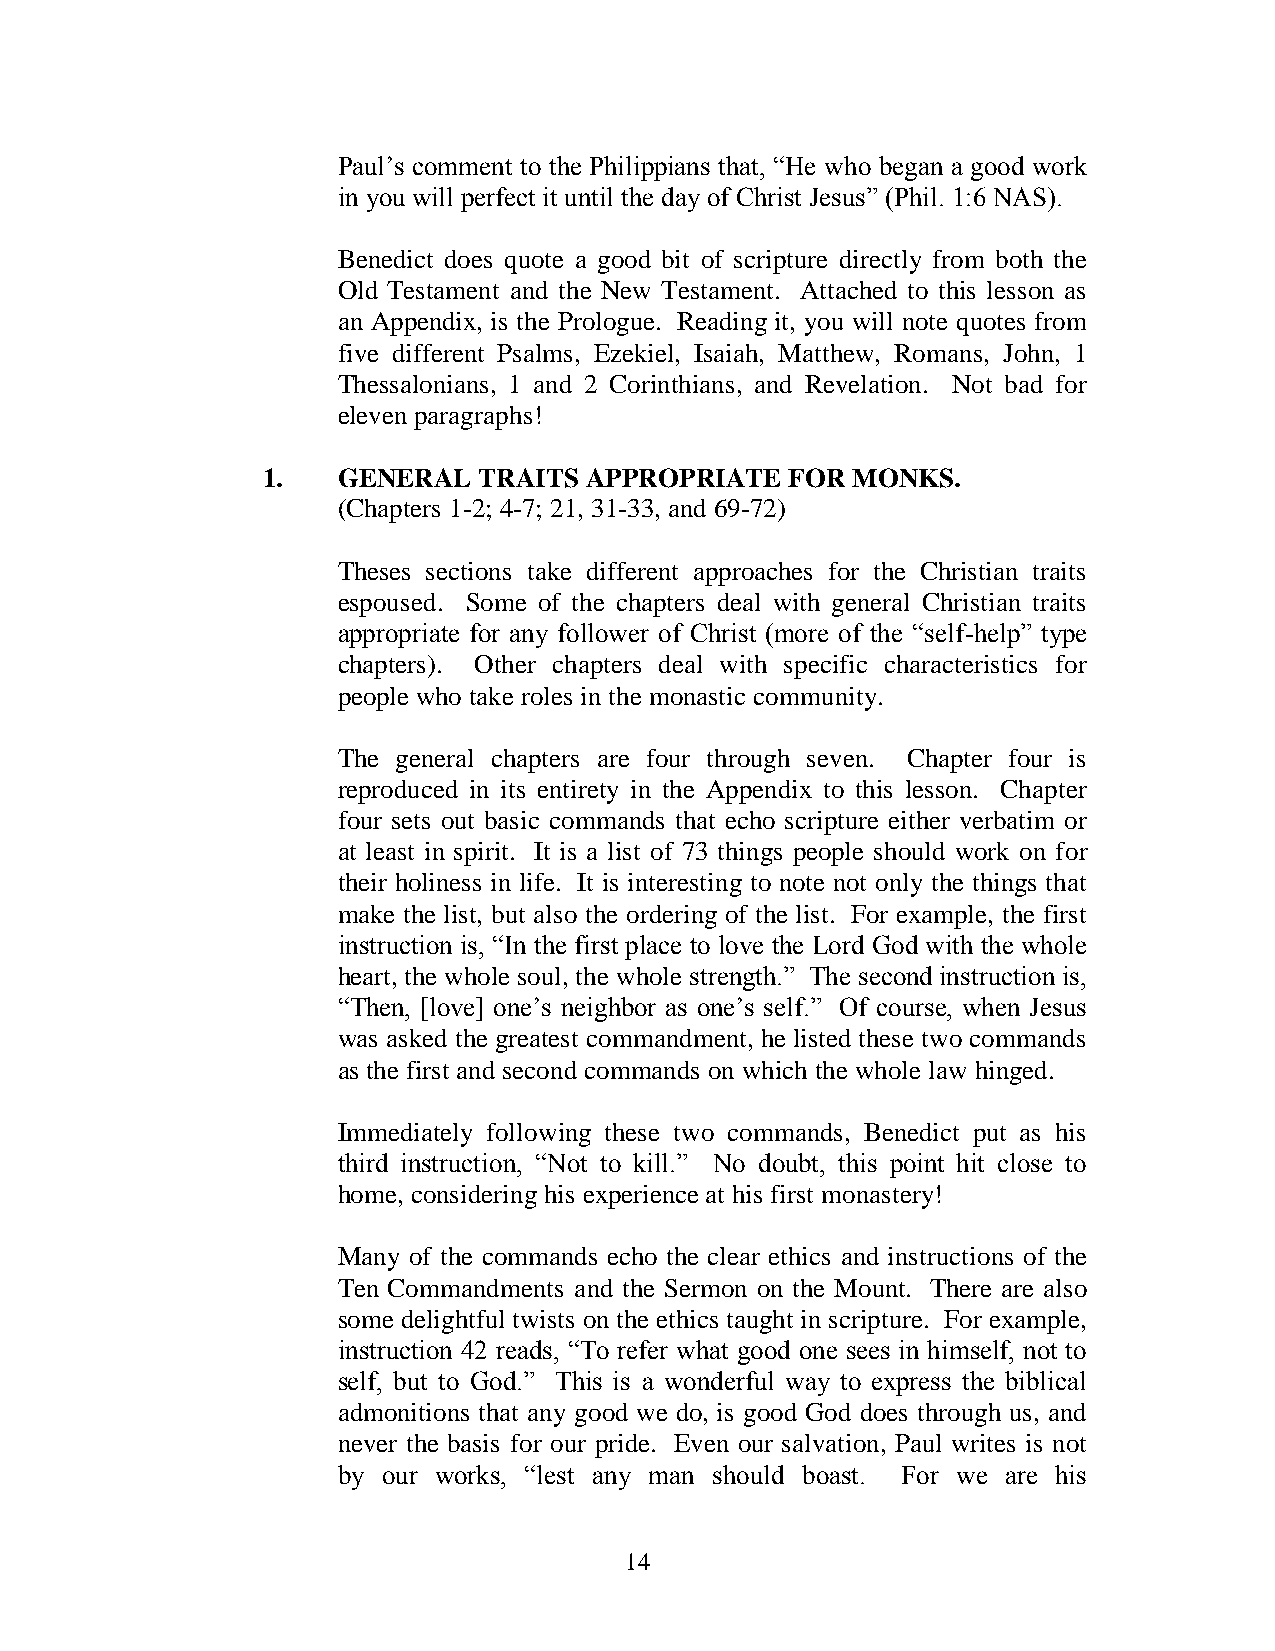
Paul’s comment to the Philippians that, “He who began a good work
 in you will perfect it until the day of Christ Jesus” (Phil. 1:6 NAS).
 Benedict does quote a good bit of scripture directly from both the
 Old Testament and the New Testament. Attached to this lesson as
 an Appendix, is the Prologue. Reading it, you will note quotes from
 five different Psalms, Ezekiel, Isaiah, Matthew, Romans, John, 1
 Thessalonians, 1 and 2 Corinthians, and Revelation. Not bad for
 eleven paragraphs!
 1.   GENERAL   TRAITS APPROPRIATE  FOR MONKS.
 (Chapters 1-2; 4-7; 21, 31-33, and 69-72)
 Theses sections take different approaches for the Christian traits
 espoused. Some of the chapters deal with general Christian traits
 appropriate for any follower of Christ (more of the “self-help” type
 chapters). Other chapters deal with specific characteristics for
 people who take roles in the monastic community.
 The general chapters are four through seven. Chapter four is
 reproduced in its entirety in the Appendix to this lesson. Chapter
 four sets out basic commands that echo scripture either verbatim or
 at least in spirit. It is a list of 73 things people should work on for
 their holiness in life. It is interesting to note not only the things that
 make the list, but also the ordering of the list. For example, the first
 instruction is, “In the first place to love the Lord God with the whole
 heart, the whole soul, the whole strength.” The second instruction is,
 “Then, [love] one’s neighbor as one’s self.” Of course, when Jesus
 was asked the greatest commandment, he listed these two commands
 as the first and second commands on which the whole law hinged.
 Immediately following these two commands, Benedict put as his
 third instruction, “Not to kill.” No doubt, this point hit close to
 home, considering his experience at his first monastery!
 Many of the commands echo the clear ethics and instructions of the
 Ten Commandments and the Sermon on the Mount. There are also
 some delightful twists on the ethics taught in scripture. For example,
 instruction 42 reads, “To refer what good one sees in himself, not to
 self, but to God.” This is a wonderful way to express the biblical
 admonitions that any good we do, is good God does through us, and
 never the basis for our pride. Even our salvation, Paul writes is not
 by our works, “lest any man should boast. For we are his
 14